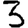
Digit: 3